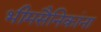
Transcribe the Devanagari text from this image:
भीमसैनिकांना